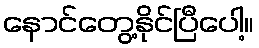
နောင်တွေ့နိုင်ပြီပေါ့။